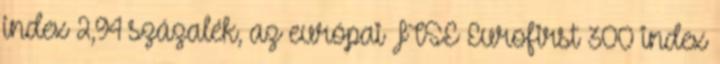
index 2,94 százalék, az európai FTSE Eurofirst 300 index